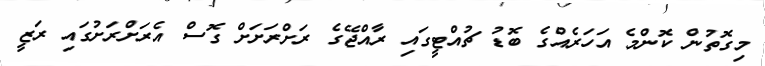
މިގޮތުން ކޮންމެ އަހަރެއްގެ ބޮޑު ޗުއްޓީގައި ރާއްޖޭގެ ރަށްރަށަށް ގޮސް އެރަށްރަށުގައި ރަޒީ